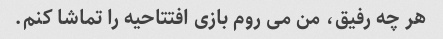
هر چه رفیق، من می روم بازی افتتاحیه را تماشا کنم.